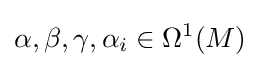
\alpha ,\beta ,\gamma ,\alpha _{i}\in \Omega ^{1}(M)